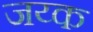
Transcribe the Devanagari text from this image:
जय्क